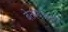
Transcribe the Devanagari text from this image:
बेतण्यासाठी